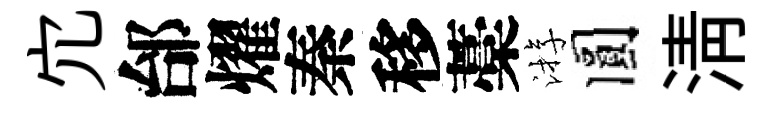
宂邰燿秦移藁㳺圓清